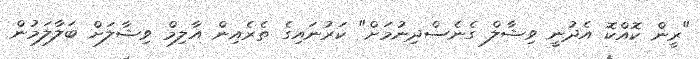
"ރީން ކޮއްކޮ އެދުނީ ވިޝާލް ގެނެސްދިނުމަށް" ކަރުނައިގެ ތެރެއިން އާލިމް ވިޝާލަށް ބަލާލަމުން